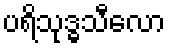
ပရိသုဒ္ဓသီလော